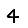
Digit: 4